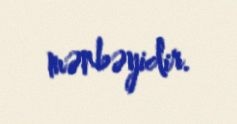
mənbəyidir.